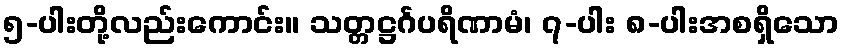
၅-ပါးတို့လည်းကောင်း။ သတ္တဋ္ဌင်္ဂပရိဏာမံ၊ ၇-ပါး ၈-ပါးအစရှိသော